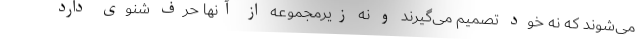
می‌شوند که نه خود تصمیم می‌گیرند و نه زیرمجموعه از آنها حرف شنوی دارد